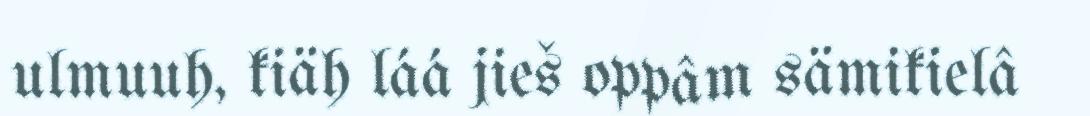
ulmuuh, kiäh láá jieš oppâm sämikielâ